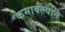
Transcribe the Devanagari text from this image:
कमावल्याने